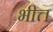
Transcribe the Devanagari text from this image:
भीत्त